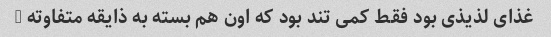
غذای لذیذی بود فقط کمی تند بود که اون هم بسته به ذایقه متفاوته …